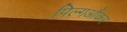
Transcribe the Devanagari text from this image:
पिल्गऔंकर